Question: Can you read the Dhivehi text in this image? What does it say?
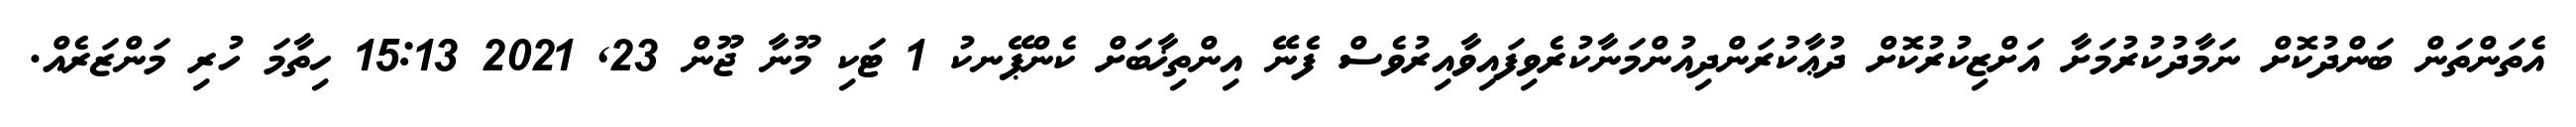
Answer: އެތަންތަން ބަންދުކޮށް ނަމާދުކުރުމަށާ އަށްޒިކުރުކޮށް ދުޢާކުރަންދިއުންމަނާކުރެވިފައިވާއިރުވެސް ފެނޭ އިންތިޚާބަށް ކެންޕޭނކު 1 ޓަކި މޫނާ ޖޫން 23, 2021 15:13 ހިތާމަ ހުރި މަންޒަރެއް.